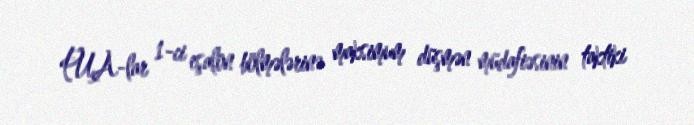
PUA-lar 1-ci eşalon bölmələrinə maksimum düşmən müdafiəsinin taktiki